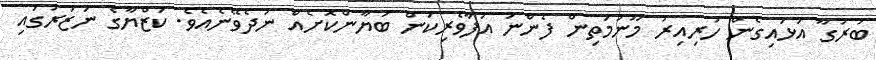
ބުރުގާ އަޅައިގެން ހުރިއިރު މޫނުމަތިން ފެންނަ އުފާވެރިކަން ބަޔާންކޮށެއް ނުދެވޭނެއެވެ. ކަޒްޔާގެ ނަޒަރުގައި